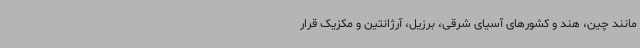
مانند چین، هند و کشورهای آسیای شرقی، برزیل، آرژانتین و مکزیک قرار